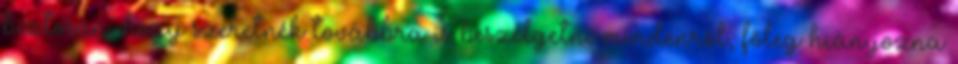
biztosan, hogy szeretnék továbbra is beszélgetni mindenről, főleg hiányozna